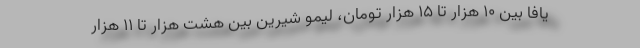
یافا بین ۱۰ هزار تا ۱۵ هزار تومان، لیمو شیرین بین هشت هزار تا ۱۱ هزار